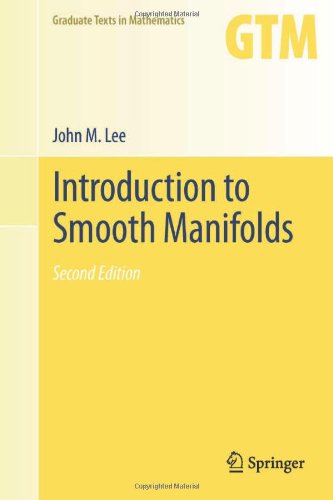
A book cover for Introduction to Smooth Manifolds (Graduate Texts in Mathematics, Vol. 218); John Lee; Science & Math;